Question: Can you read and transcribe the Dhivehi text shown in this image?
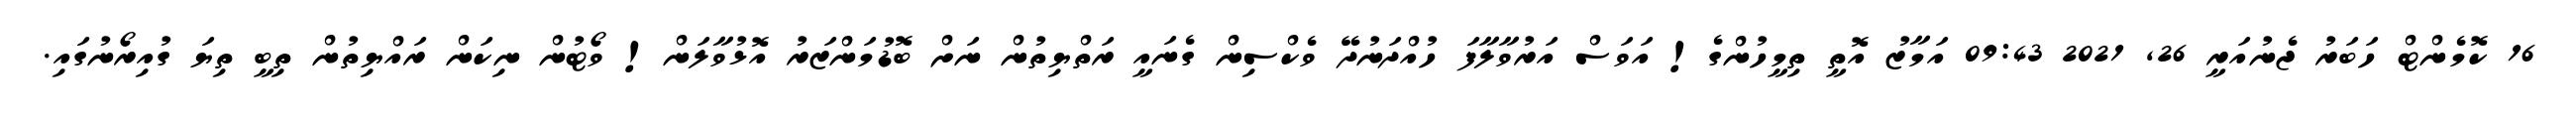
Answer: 16 ކޮމެންޓް ހަބަރު ޖެނުއަރީ 26, 2021 09:43 އަމާޒު އޮތީ ތިމީހުންގެ! އަވަސް އަރުވާލާފަ ހުއްދަނުދޭ ވެކްސިން ގެނައީ ރަތްޔިތުން ނަށް ބޮޑުމަންޒަރު އޮޅުވާލަން! ވޯޓުން ނިކަން ރައްޔިތުން ތިބީ ތިޔަ ގުއިރޯނުގައި.